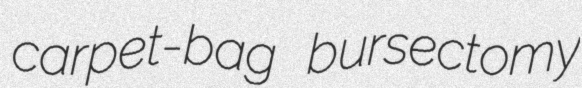
carpet-bag bursectomy